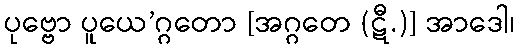
ပုဗ္ဗော ပူယေ’ဂ္ဂတော [အဂ္ဂတေ (ဋီ.)] အာဒေါ၊